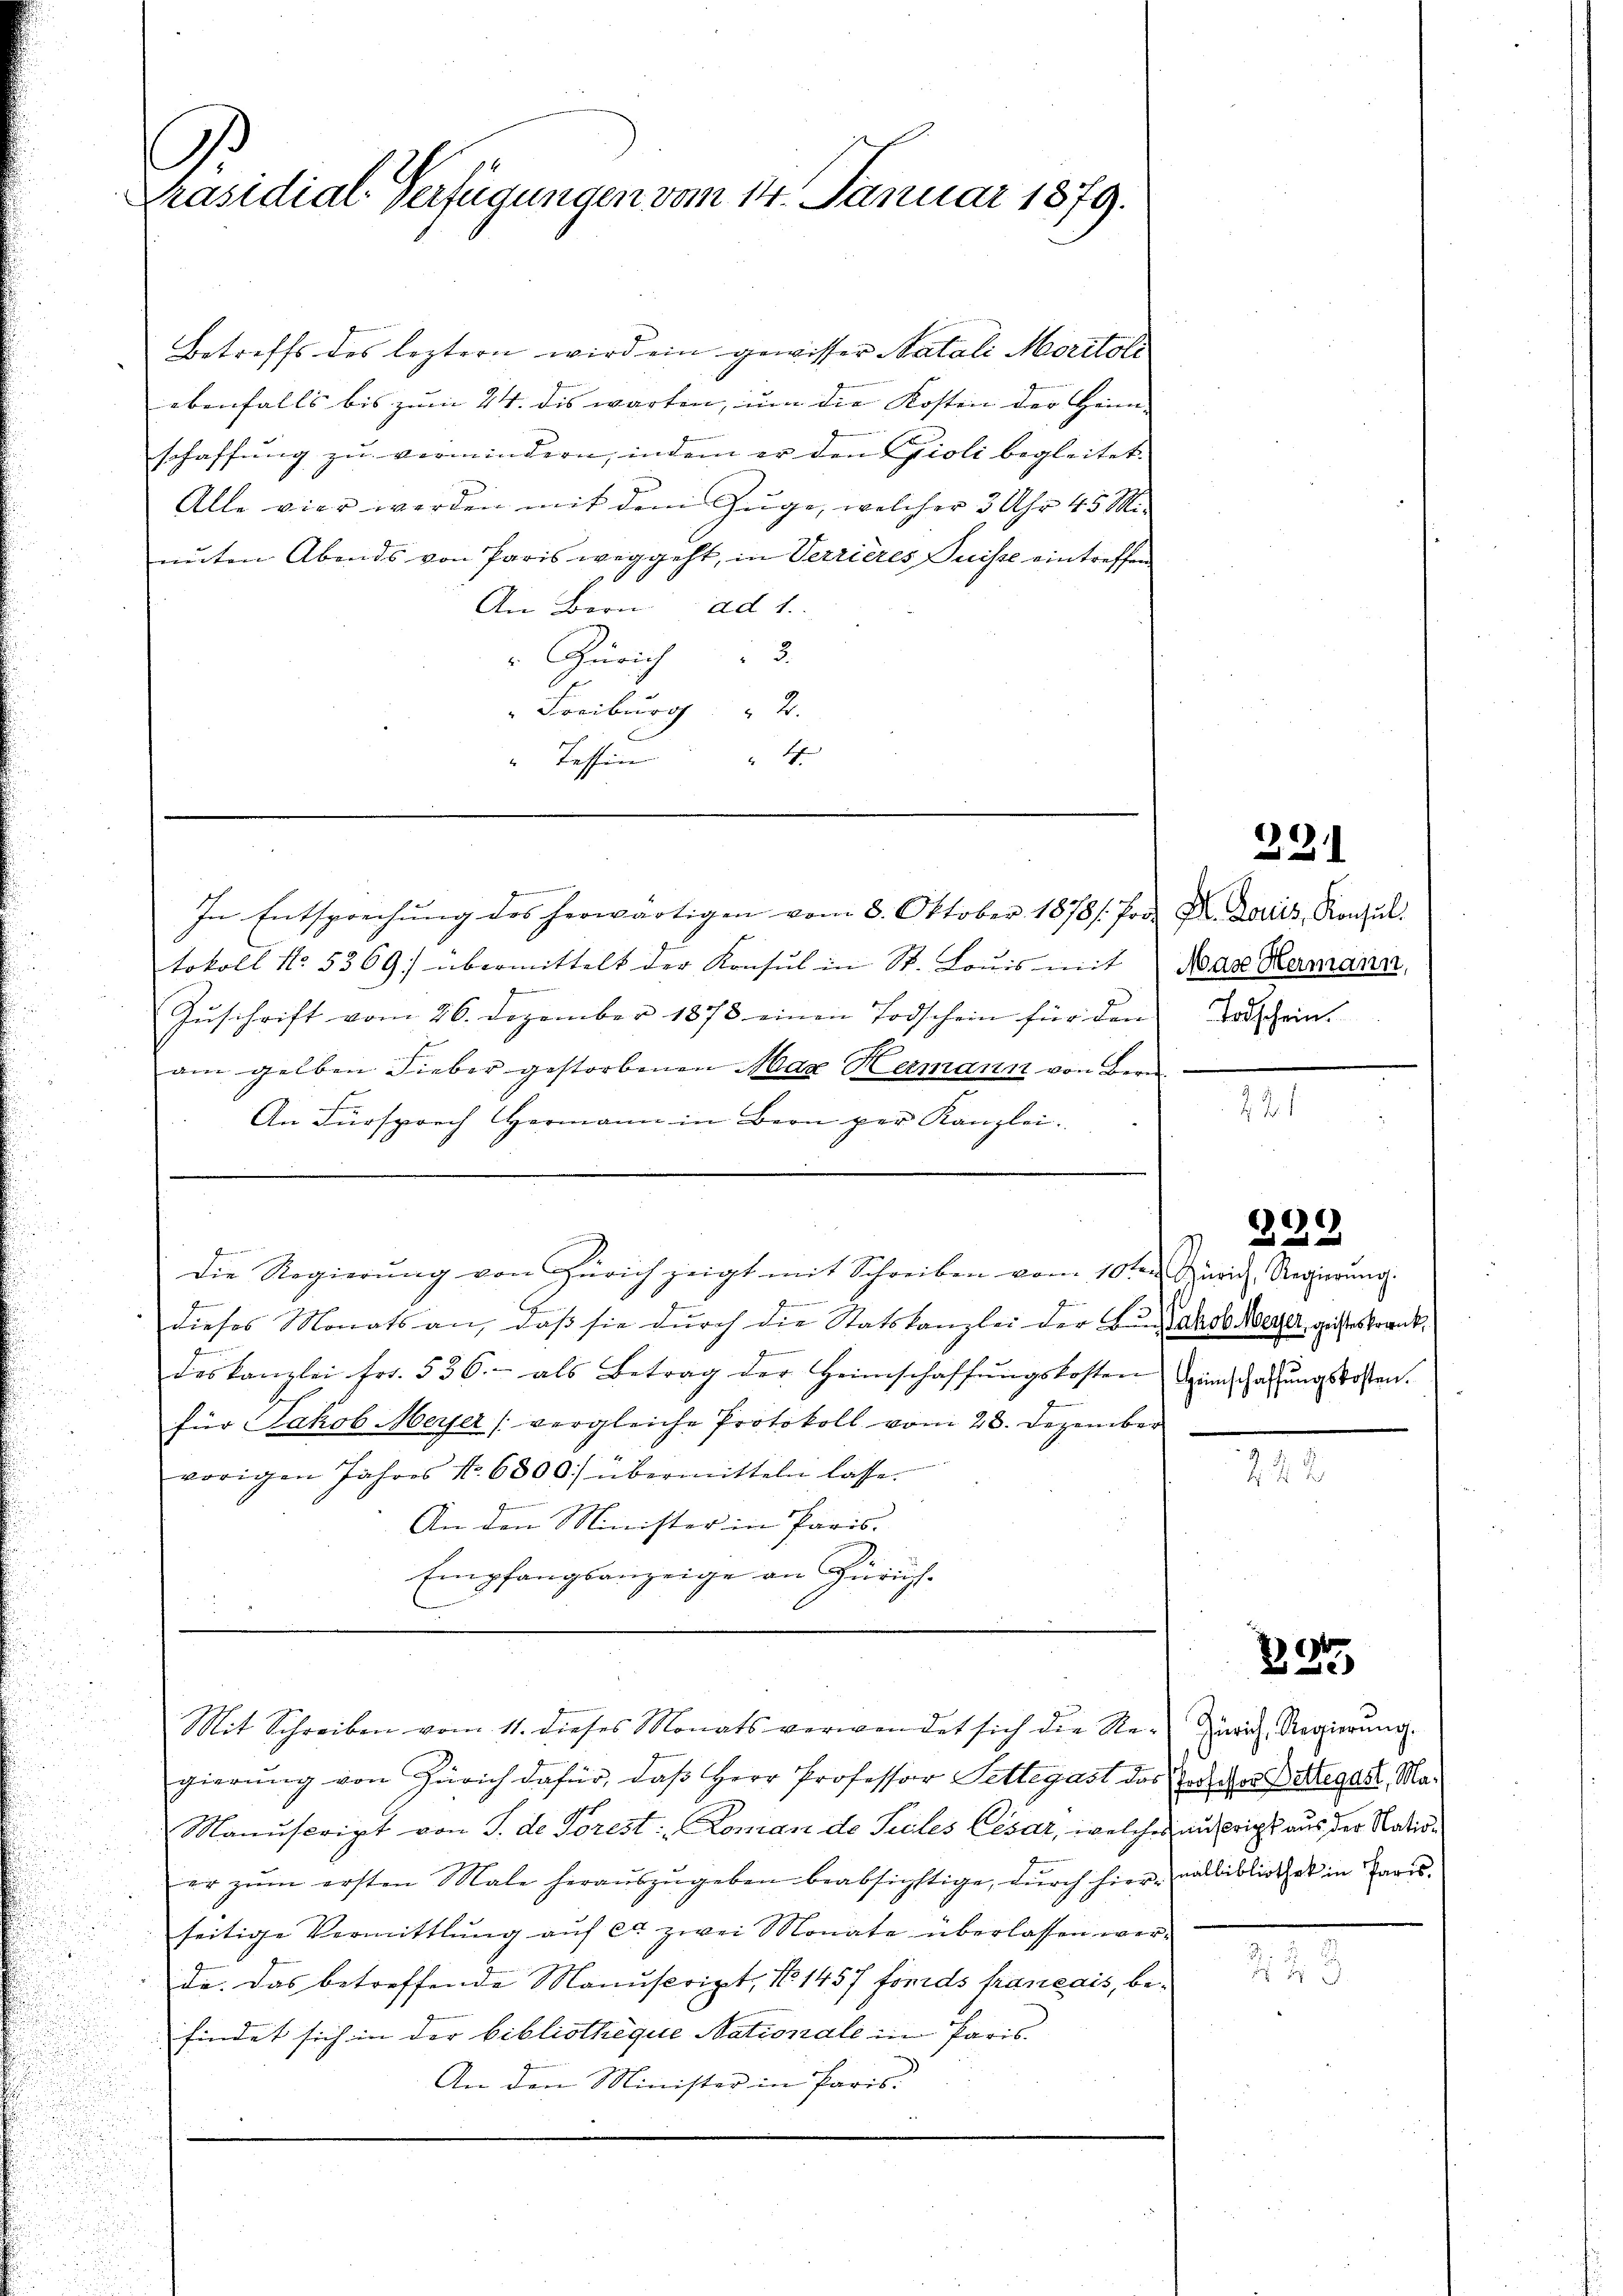
Präsidial-Verfügungen vom 14. Januar 1879.

Betreffs des leztern wird ein gewisser Natali Moritali
ebenfalls bis zum 24. dis warten, um die Kosten der Heim-
schaffung zu vermindern, indem er den Gioli begleitet.
Alle vier werden mit dem Zuge, welcher 3 Uhr 45 Mi
nuten Abends von Paris weggeht, in Verrieres, Puisse eintreffen
An Bern ad 1.
". Zürich 3
" Freiburg    "  2.
“ Tessin       "

.
In Entsprechŭng des herwärtigen vom 8. Oktober 1878/. Jos. Dr. Mariis, Konsul
tokoll No. 5369. übermittelt der Konsul in St. Louis mit Max Hamann,
Zuschrift vom 26. Dezember 1873 einen Todschein für den
am gelben Fieber gestorbenen Max Hermann von Bern
An Fürsprech Hermann in Bern per Kanzlei.

f
die Regierŭng von Zürich zeigt mit Schreiben vom 10ten Muri, Regierŭng.
E
dieses Monats an, daß sie durch die Statskanzlei der Ban Jakob Meyer, geisteskrankdeskanzlei fr. 536.- als Betrag der Heimschaffŭngskosten Seinschaffŭngskosten.
für Jakob Meyer (vergleiche Protokoll vom 28. Dezember
vorigen Jahres No 6800) übermitteln lasse.
An den Minister in Paris.
Empfangsanzeige an Zürich.
5

gierŭng von Zürich dafür, daβ Herr Professor Fettegast das Todschen Bettegast, Ma¬
Manuscript von S. de Torest: Doman de Seeles Cesar, welches aufricht aus der Natioer zŭm ersten Male heraŭszŭgeben beabsichtige, dŭrch hier, nalbiblich es in Paris.
seitige Vermittlung aŭf ca zwei Monate überlassen wer-
de. Das betreffende Manuscript, No 1457 Fonds français, befindet sich in der bibliotheque Nationale in Paris.
An den Minister in Paris

Mit Schreiben vom 11. dieses Monats verwendet sich die Re-Zürich Regierŭng.

221

Todschein.

.

229

222

225

223